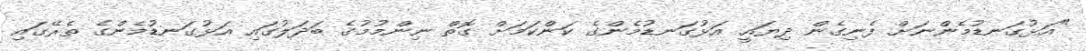
"އަޅުގަނޑުމެންނަށް ފެނިގެން ދިޔައީ އަޅުގަނޑުމެންގެ ކަންކަމަށް ގޮތް ނިންމުމުގެ ބަދަލުގައި އަޅުގަނޑުމެންގެ ތެރޭގައި